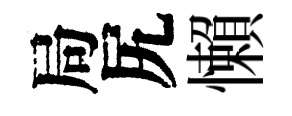
局尻懶